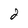
Character: 2